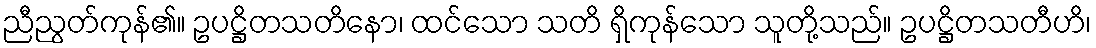
ညီညွတ်ကုန်၏။ ဥပဋ္ဌိတသတိနော၊ ထင်သော သတိ ရှိကုန်သော သူတို့သည်။ ဥပဋ္ဌိတသတီဟိ၊